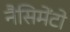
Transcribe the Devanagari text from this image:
नैसिमेंटो